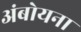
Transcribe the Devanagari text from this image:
अंबोयना